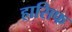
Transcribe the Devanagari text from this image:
हासिफ